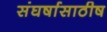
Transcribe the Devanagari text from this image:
संघर्षासाठीष